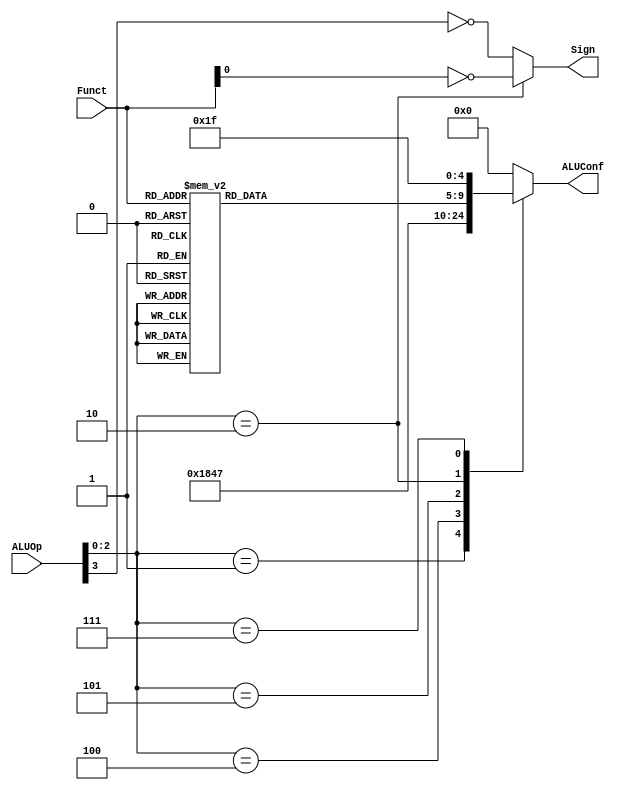
`timescale 1ns / 1ps
//////////////////////////////////////////////////////////////////////////////////
// Company: 
// Engineer: 
// 
// Design Name: 
// Module Name: ALUControl
// Project Name: 
// Target Devices: 
// Tool Versions: 
// Description: 
// 
// Dependencies: 
// 
// Revision:
// Revision 0.01 - File Created
// Additional Comments:
// 
//////////////////////////////////////////////////////////////////////////////////


module ALUControl(ALUOp, Funct, ALUConf, Sign);
	//Control Signals
	input [3:0] ALUOp;
	//Inst. Signals
	input [5:0] Funct;
	//Output Control Signals
	output reg [4:0] ALUConf;
	output Sign;

	parameter aluADD = 5'b00000;
	parameter aluOR  = 5'b00001;
	parameter aluAND = 5'b00010;
	parameter aluSUB = 5'b00110;
	parameter aluSLT = 5'b00111;
	parameter aluNOR = 5'b01100;
	parameter aluXOR = 5'b01101;
	parameter aluSRL = 5'b10000;
	parameter aluSRA = 5'b11000;
	parameter aluSLL = 5'b11001;
	parameter setsub = 5'b11111;
	
	assign Sign = (ALUOp[2:0] == 3'b010)? ~Funct[0]: ~ALUOp[3];
	
	reg [4:0] aluFunct;
	always @(*)
		case (Funct)
			6'b00_0000: aluFunct <= aluSLL;
			6'b00_0010: aluFunct <= aluSRL;
			6'b00_0011: aluFunct <= aluSRA;
			6'b10_0000: aluFunct <= aluADD;
			6'b10_0001: aluFunct <= aluADD;
			6'b10_0010: aluFunct <= aluSUB;
			6'b10_0011: aluFunct <= aluSUB;
			6'b10_0100: aluFunct <= aluAND;
			6'b10_0101: aluFunct <= aluOR;
			6'b10_0110: aluFunct <= aluXOR;
			6'b10_0111: aluFunct <= aluNOR;
			6'b10_1010: aluFunct <= aluSLT;
			6'b10_1011: aluFunct <= aluSLT;
			default: aluFunct <= aluADD;
		endcase
	
	always @(*)
		case (ALUOp[2:0])
			3'b000: ALUConf <= aluADD;
			3'b001: ALUConf <= aluSUB;
			3'b100: ALUConf <= aluAND;
			3'b101: ALUConf <= aluSLT;
			3'b010: ALUConf <= aluFunct;
			3'b111: ALUConf<= setsub;
			default: ALUConf <= aluADD;
		endcase

endmodule